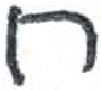
אות: ח